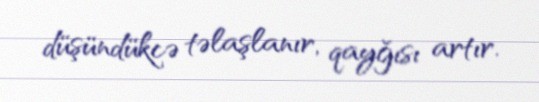
düşündükcə təlaşlanır, qayğısı artır.